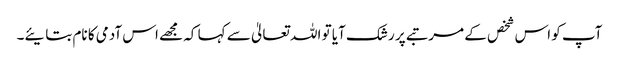
آپ کو اس شخص کے مرتبے پر رشک آیا تو اللہ تعالیٰ سے کہا کہ مجھے اس آدمی کا نام بتایئے۔